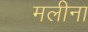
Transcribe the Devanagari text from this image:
मलीना